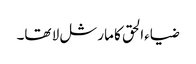
ضیاءالحق کا مارشل لا تھا۔